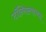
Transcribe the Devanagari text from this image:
टॉन्सिल्सच्या